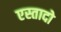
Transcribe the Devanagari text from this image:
एस्तादो